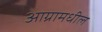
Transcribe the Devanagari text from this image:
आग्रामधील